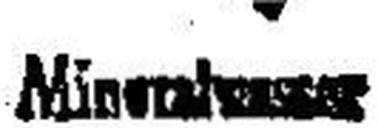
Miness###